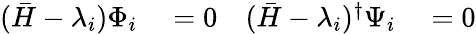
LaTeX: \begin{array}{rlrl}{(\bar{H}-\lambda_{i})\Phi_{i}}&{{}=0}&{(\bar{H}-\lambda_{i})^{\dagger}\Psi_{i}}&{{}=0}\end{array}